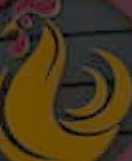
)